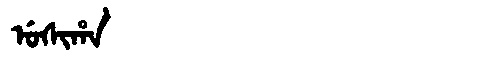
Manchu: ᡠᠰᡳᡥᠠ
Romanization: USIHA